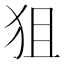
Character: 狙